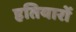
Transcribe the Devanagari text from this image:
हतियारों